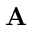
\mathbf { A }